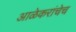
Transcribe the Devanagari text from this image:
आळेकरांचेच